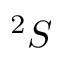
^ 2 S